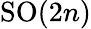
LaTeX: \mathrm{SO}(2n)